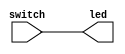
// This program was cloned from: https://github.com/verimake-team/SparkRoad-V
// License: MIT License

// Verilog netlist created by TD v4.6.12906
// Fri Jul 26 12:55:33 2019

`timescale 1ns / 1ps
module switch_led  // sources/rtl/switch_led.v(15)
  (
  switch,
  led
  );

  input [15:0] switch;  // sources/rtl/switch_led.v(17)
  output [15:0] led;  // sources/rtl/switch_led.v(18)


  assign led[15] = switch[15];
  assign led[14] = switch[14];
  assign led[13] = switch[13];
  assign led[12] = switch[12];
  assign led[11] = switch[11];
  assign led[10] = switch[10];
  assign led[9] = switch[9];
  assign led[8] = switch[8];
  assign led[7] = switch[7];
  assign led[6] = switch[6];
  assign led[5] = switch[5];
  assign led[4] = switch[4];
  assign led[3] = switch[3];
  assign led[2] = switch[2];
  assign led[1] = switch[1];
  assign led[0] = switch[0];

endmodule